Vaccination North-Western Provinces and Oudh 1878-1895 - 1878-1895
Year: 1878
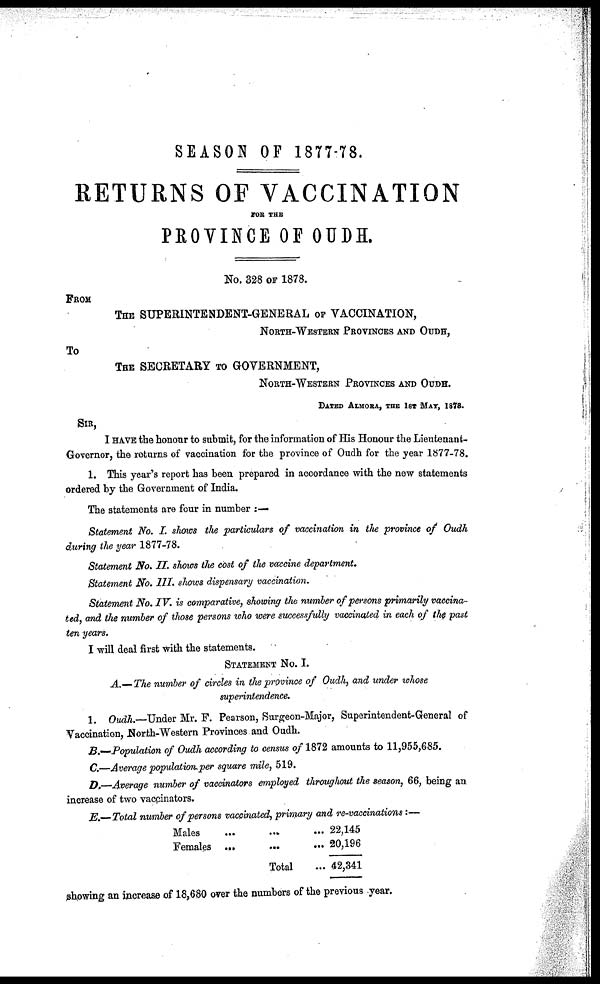
SEASON OF 1877-78.
RETURNS OF VACCINATION
FOR THE
PROVINCE OF OUDH.
No. 328 OF 1878.
FROM
THE SUPERINTENDENT-GENERAL OF VACCINATION,
NORTH-WESTERN PROVINCES AND OUDH,
TO
THE SECRETARY TO GOVERNMENT,
NORTH-WESTERN PROVINCES AND OUDH.
DATED ALMORA, THE 1ST MAY, 1878.
SIR,
I HAVE the honour to submit, for the information of His Honour the Lieutenant-
Governor, the returns of vaccination for the province of Oudh for the year 1877-78.
1. This year's report has been prepared in accordance with the new statements
ordered by the Government of India.
The statements are four in number :—
Statement No. I. shows the particulars of vaccination in the province of Oudh
during the year 1877-78.
Statement No. II. shows the cost of the vaccine department.
Statement No. III. shows dispensary vaccination.
Statement No. IV. is comparative, showing the number of persons primarily vaccina-
ted, and the number of those persons who were successfully vaccinated in each of the past
ten years.
I will deal first with the statements.
STATEMENT NO. I.
A.—The number of circles in the province of Oudh, and under whose
superintendence.
1. Oudh.—Under Mr. F. Pearson, Surgeon-Major, Superintendent-General of
Vaccination, North-Western Provinces and Oudh.
B.—Population of Oudh according to census of 1872 amounts to 11,955,685.
C.—Average population,per square mile, 519.
D.—Average number of vaccinators employed throughout the season, 66, being an
increase of two vaccinators.
E.—Total number of persons vaccinated, primary and re-vaccinations:—
Males ... ... ...
Females ... ... ...
Total ...
22,145
20,196
42,341
showing an increase of 18,680 over the numbers of the previous year.